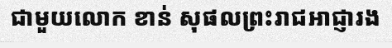
ជាមួយលោក ខាន់ សុផលព្រះរាជអាជ្ញារង